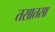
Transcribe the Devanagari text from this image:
तसातसा